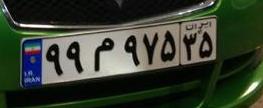
۹۹م۹۷۵۳۵